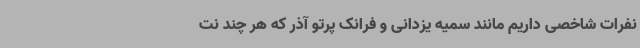
نفرات شاخصی داریم مانند سمیه یزدانی و فرانک پرتو آذر که هر چند نت